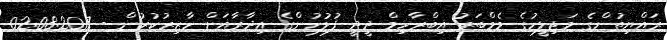
ރައްޔިތުންގެ މަޖިލީހުގެ މެމްބަރު އިބްރާހިމް ދީދީ ފުލުހުންގެ އިދާރާއަށް ހާޒިރުކުރުން - 02.08.2017